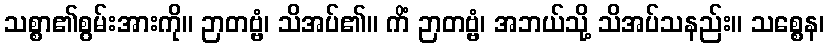
သစ္စာ၏စွမ်းအားကို။ ဉာတဗ္ဗံ၊ သိအပ်၏။ ကိံ ဉာတဗ္ဗံ၊ အဘယ်သို့ သိအပ်သနည်း။ သစ္စေန၊